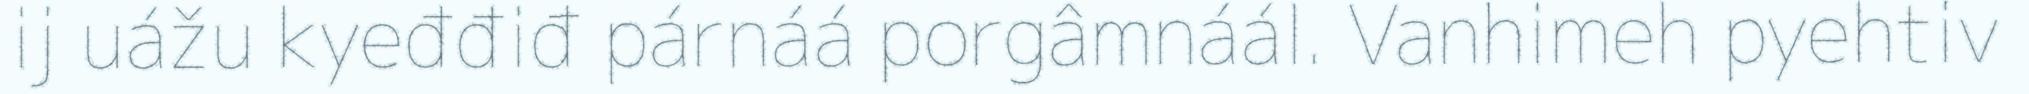
ij uážu kyeđđiđ párnáá porgâmnáál. Vanhimeh pyehtiv